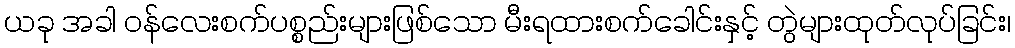
ယခု အခါ ဝန်လေးစက်ပစ္စည်းများဖြစ်သော မီးရထားစက်ခေါင်းနှင့် တွဲများထုတ်လုပ်ခြင်း၊